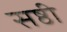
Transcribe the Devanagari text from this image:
सष्ठी